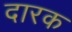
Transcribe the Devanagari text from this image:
दारक